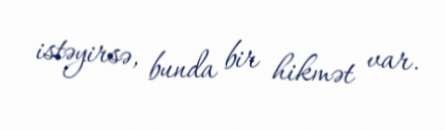
istəyirsə, bunda bir hikmət var.